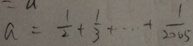
a = \frac { 1 } { 2 } + \frac { 1 } { 3 } + \cdots + \frac { 1 } { 2 0 0 5 }